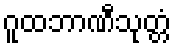
ဂူထဘာဏီသုတ္တံ